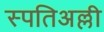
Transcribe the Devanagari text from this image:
स्पतिअल्ली